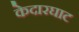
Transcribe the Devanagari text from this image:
केदारघाट